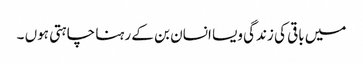
میں باقی کی زندگی ویسا انسان بن کے رہنا چاہتی ہوں ۔